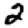
Digit: 2